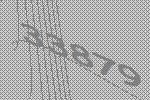
33879